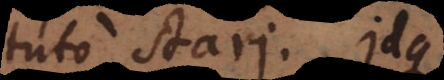
tuto stari. Idque